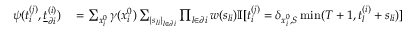
\begin{array} { r } { \begin{array} { r l } { \psi ( t _ { i } ^ { ( j ) } , \underline { { t } } _ { \partial i } ^ { ( i ) } ) } & { { } = \sum _ { x _ { i } ^ { 0 } } \gamma ( x _ { i } ^ { 0 } ) \sum _ { \{ s _ { l i } \} _ { l \in \partial i } } \prod _ { l \in \partial i } w ( s _ { l i } ) \mathbb { I } [ t _ { i } ^ { ( j ) } = \delta _ { x _ { i } ^ { 0 } , S } \operatorname* { m i n } ( T + 1 , t _ { l } ^ { ( i ) } + s _ { l i } ) ] } \end{array} } \end{array}